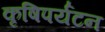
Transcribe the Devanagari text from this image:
कृषिपर्यटन